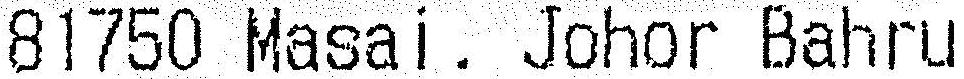
81750 MASAI. JOHOR BAHRU